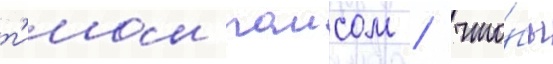
т'имом раисом / что́бы